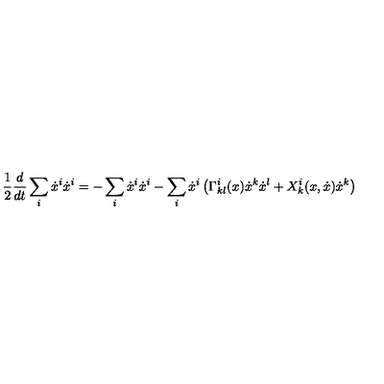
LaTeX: \frac { 1 } { 2 } \frac { d } { d t } \sum _ { i } \dot { x } ^ { i } \dot { x } ^ { i } = - \sum _ { i } \dot { x } ^ { i } \dot { x } ^ { i } - \sum _ { i } \dot { x } ^ { i } \left( \Gamma _ { k l } ^ { i } ( x ) \dot { x } ^ { k } \dot { x } ^ { l } + X _ { k } ^ { i } ( x , \dot { x } ) \dot { x } ^ { k } \right)